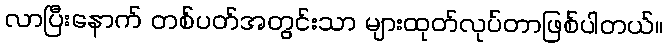
လာပြီးနောက် တစ်ပတ်အတွင်းသာ များထုတ်လုပ်တာဖြစ်ပါတယ်။